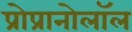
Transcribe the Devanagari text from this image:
प्रोप्रानोलॉल